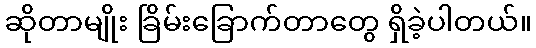
ဆိုတာမျိုး ခြိမ်းခြောက်တာတွေ ရှိခဲ့ပါတယ်။